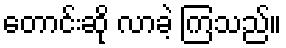
တောင်းဆို လာခဲ့ ကြသည်။